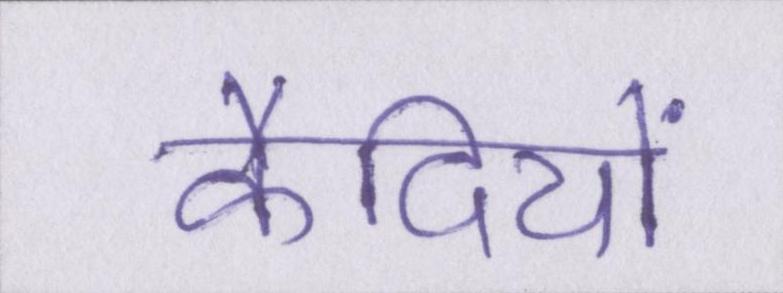
कैदियों